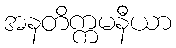
အနတိက္ကမနီယာ